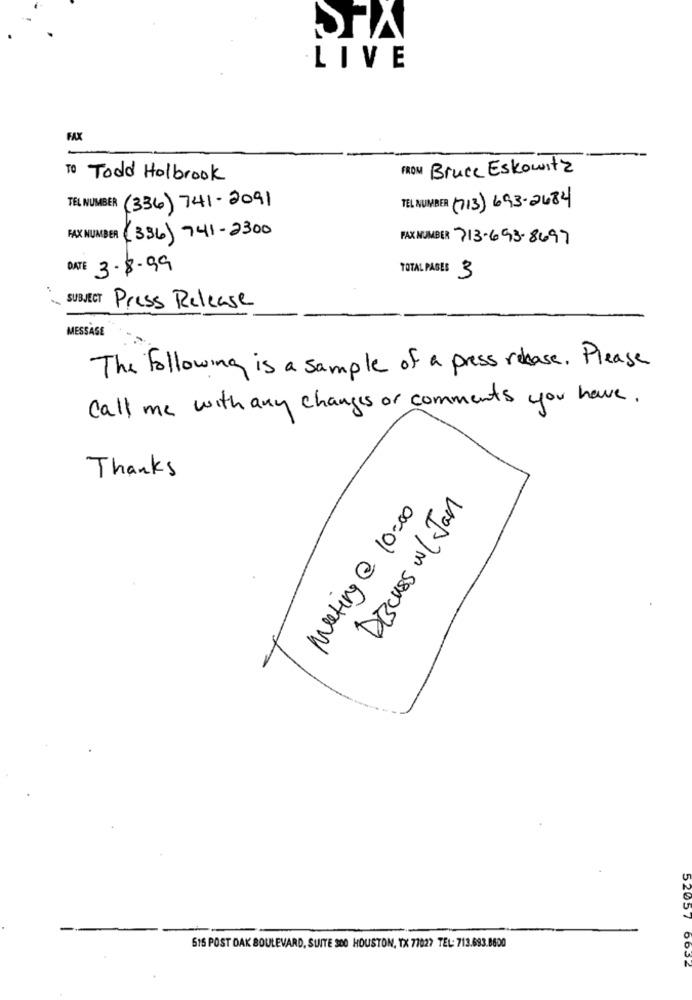
LIVE
FAX
FROM Bruce Eskowitz
To Toold Holbrook
TEL NUMBER (336) 741-2091
TEL NUMBER (713) 693-2484
FAX NUMBER (336) 741-2300
FAX NUMBER 713-693-8697
DATE 3-8-99
TOTAL PAGES 3
SUBJECT
Press Release
MESSAGE
The Following is a sample of a press release . Please
Call me with any changes or comments you have.
Thanks
Discuss w / Jan
meeting @ 10:00
52057
515 POST OAK BOULEVARD, SUITE 300 HOUSTON, TX 77027 TEL: 713.683.8600
0632